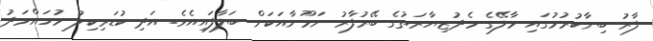
ފާރު ބިނާކުރުމުގައި މާލޭގެ މެދުޒިޔާރަތުގެ ބޭރުފާރު ނަމޫނާއަކަށް ބަލާފައިއެވެ. އަދި ކުޑަރިކިލު މުހައްމަދު